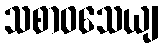
သစာဝသေယျ